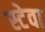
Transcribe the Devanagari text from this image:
स्टेवा